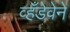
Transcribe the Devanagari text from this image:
व्हँडेवेने